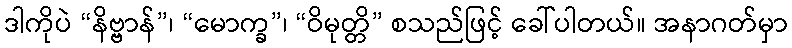
ဒါကိုပဲ “နိဗ္ဗာန်”၊ “မောက္ခ”၊ “ဝိမုတ္တိ” စသည်ဖြင့် ခေါ်ပါတယ်။ အနာဂတ်မှာ